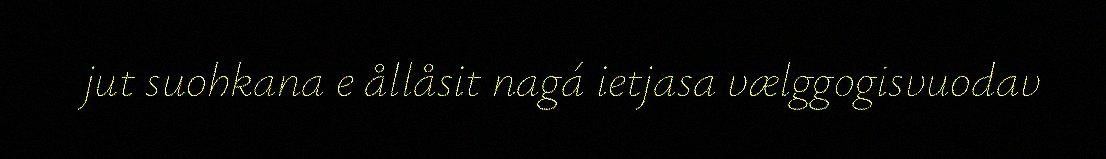
jut suohkana e ållåsit nagá ietjasa vælggogisvuodav